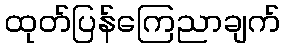
ထုတ်ပြန်ကြေညာချက်